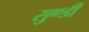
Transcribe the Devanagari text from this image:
सुण्डी